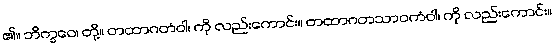
၏။ ဘိက္ခဝေ၊ တို့။ တထာဂတံဝါ၊ ကို လည်းကောင်း။ တထာဂတသာဝကံဝါ၊ ကို လည်းကောင်း။